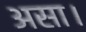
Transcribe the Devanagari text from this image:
असा।